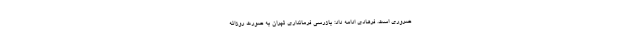
ضروری است. فرهادی ادامه داد: بازرسی فرمانداری تهران به صورت روزانه